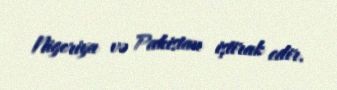
Nigeriya və Pakistan iştirak edir.